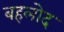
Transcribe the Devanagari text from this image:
बहलोद